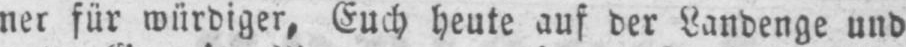
nei für würdiger, Euch heute auf der Landenge und